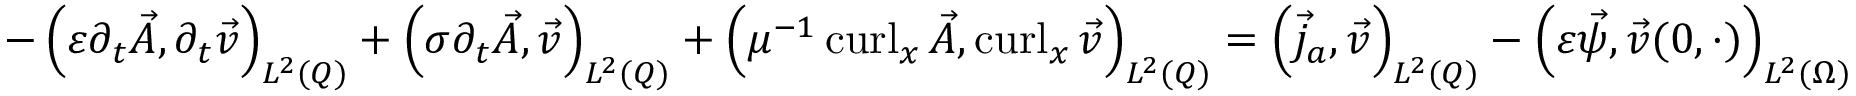
\begin{array} { r } { - \left( \varepsilon \partial _ { t } \vec { A } , \partial _ { t } \vec { v } \right) _ { L ^ { 2 } ( Q ) } + \left( \sigma \partial _ { t } \vec { A } , \vec { v } \right) _ { L ^ { 2 } ( Q ) } + \left( \mu ^ { - 1 } \operatorname { c u r l } _ { x } \vec { A } , \operatorname { c u r l } _ { x } \vec { v } \right) _ { L ^ { 2 } ( Q ) } = \left( \vec { j } _ { a } , \vec { v } \right) _ { L ^ { 2 } ( Q ) } - \left( \varepsilon \vec { \psi } , \vec { v } ( 0 , \cdot ) \right) _ { L ^ { 2 } ( \Omega ) } } \end{array}